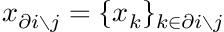
\boldsymbol { x } _ { \partial i \setminus j } = \{ \boldsymbol { x } _ { k } \} _ { k \in { \partial i \setminus j } }